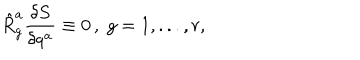
LaTeX: \hat { R } _ { g } ^ { a } \frac { \delta S } { \delta q ^ { a } } \equiv 0 \, , \; g = 1 , . . . , r ,